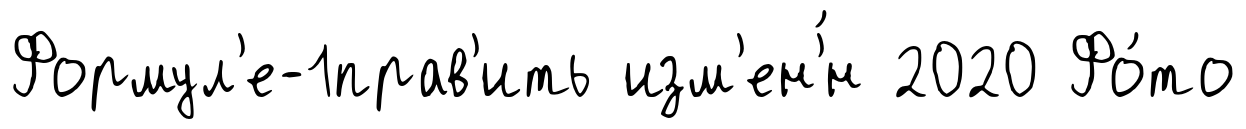
Формул'е-1прав'ить изм'ен'́н 2020 Фо́то